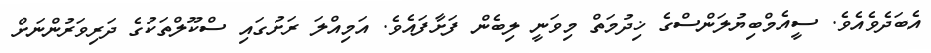
އެބަދެވެއެވެ. ސީއެމްބިޔުލަންސްގެ ޚިދުމަތް މިވަނީ ލިބެން ފަށާފައެވެ. އަމިއްލަ ރަށުގައި ސްކޫލްތަކުގެ ދަރިވަރުންނަށް